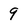
Character: 9